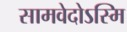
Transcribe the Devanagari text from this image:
सामवेदोऽस्मि